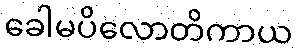
ခေါမပိလောတိကာယ